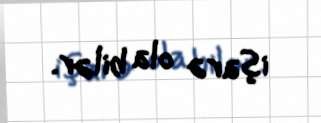
işarə ola bilər.